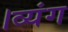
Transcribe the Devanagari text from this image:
।व्यंग